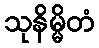
သုနိမ္မိတံ